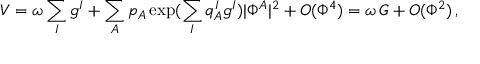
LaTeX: V = \omega \sum _ { I } g ^ { I } + \sum _ { A } p _ { A } \exp ( \sum _ { I } q _ { A } ^ { I } g ^ { I } ) | \Phi ^ { A } | ^ { 2 } + O ( \Phi ^ { 4 } ) = \omega \, G + O ( \Phi ^ { 2 } ) \, ,